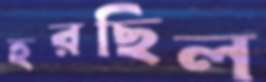
হরছিল